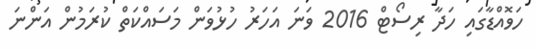
ހަވޮއްޑާގައި ހަދާ ރިސޯޓް 2016 ވަނަ އަހަރު ހުޅުވަން މަސައްކަތް ކުރަމުން އަންނަ